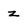
Character: z